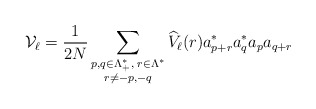
\begin{align*}\mathcal{V}_\ell=\frac{1}{2N}\sum_{\substack{p,q \in \Lambda_+^*,\; r\in \Lambda^*\\r \ne -p,-q}} \widehat V_\ell(r) a^*_{p+r}a^*_q a_p a_{q+r}\end{align*}